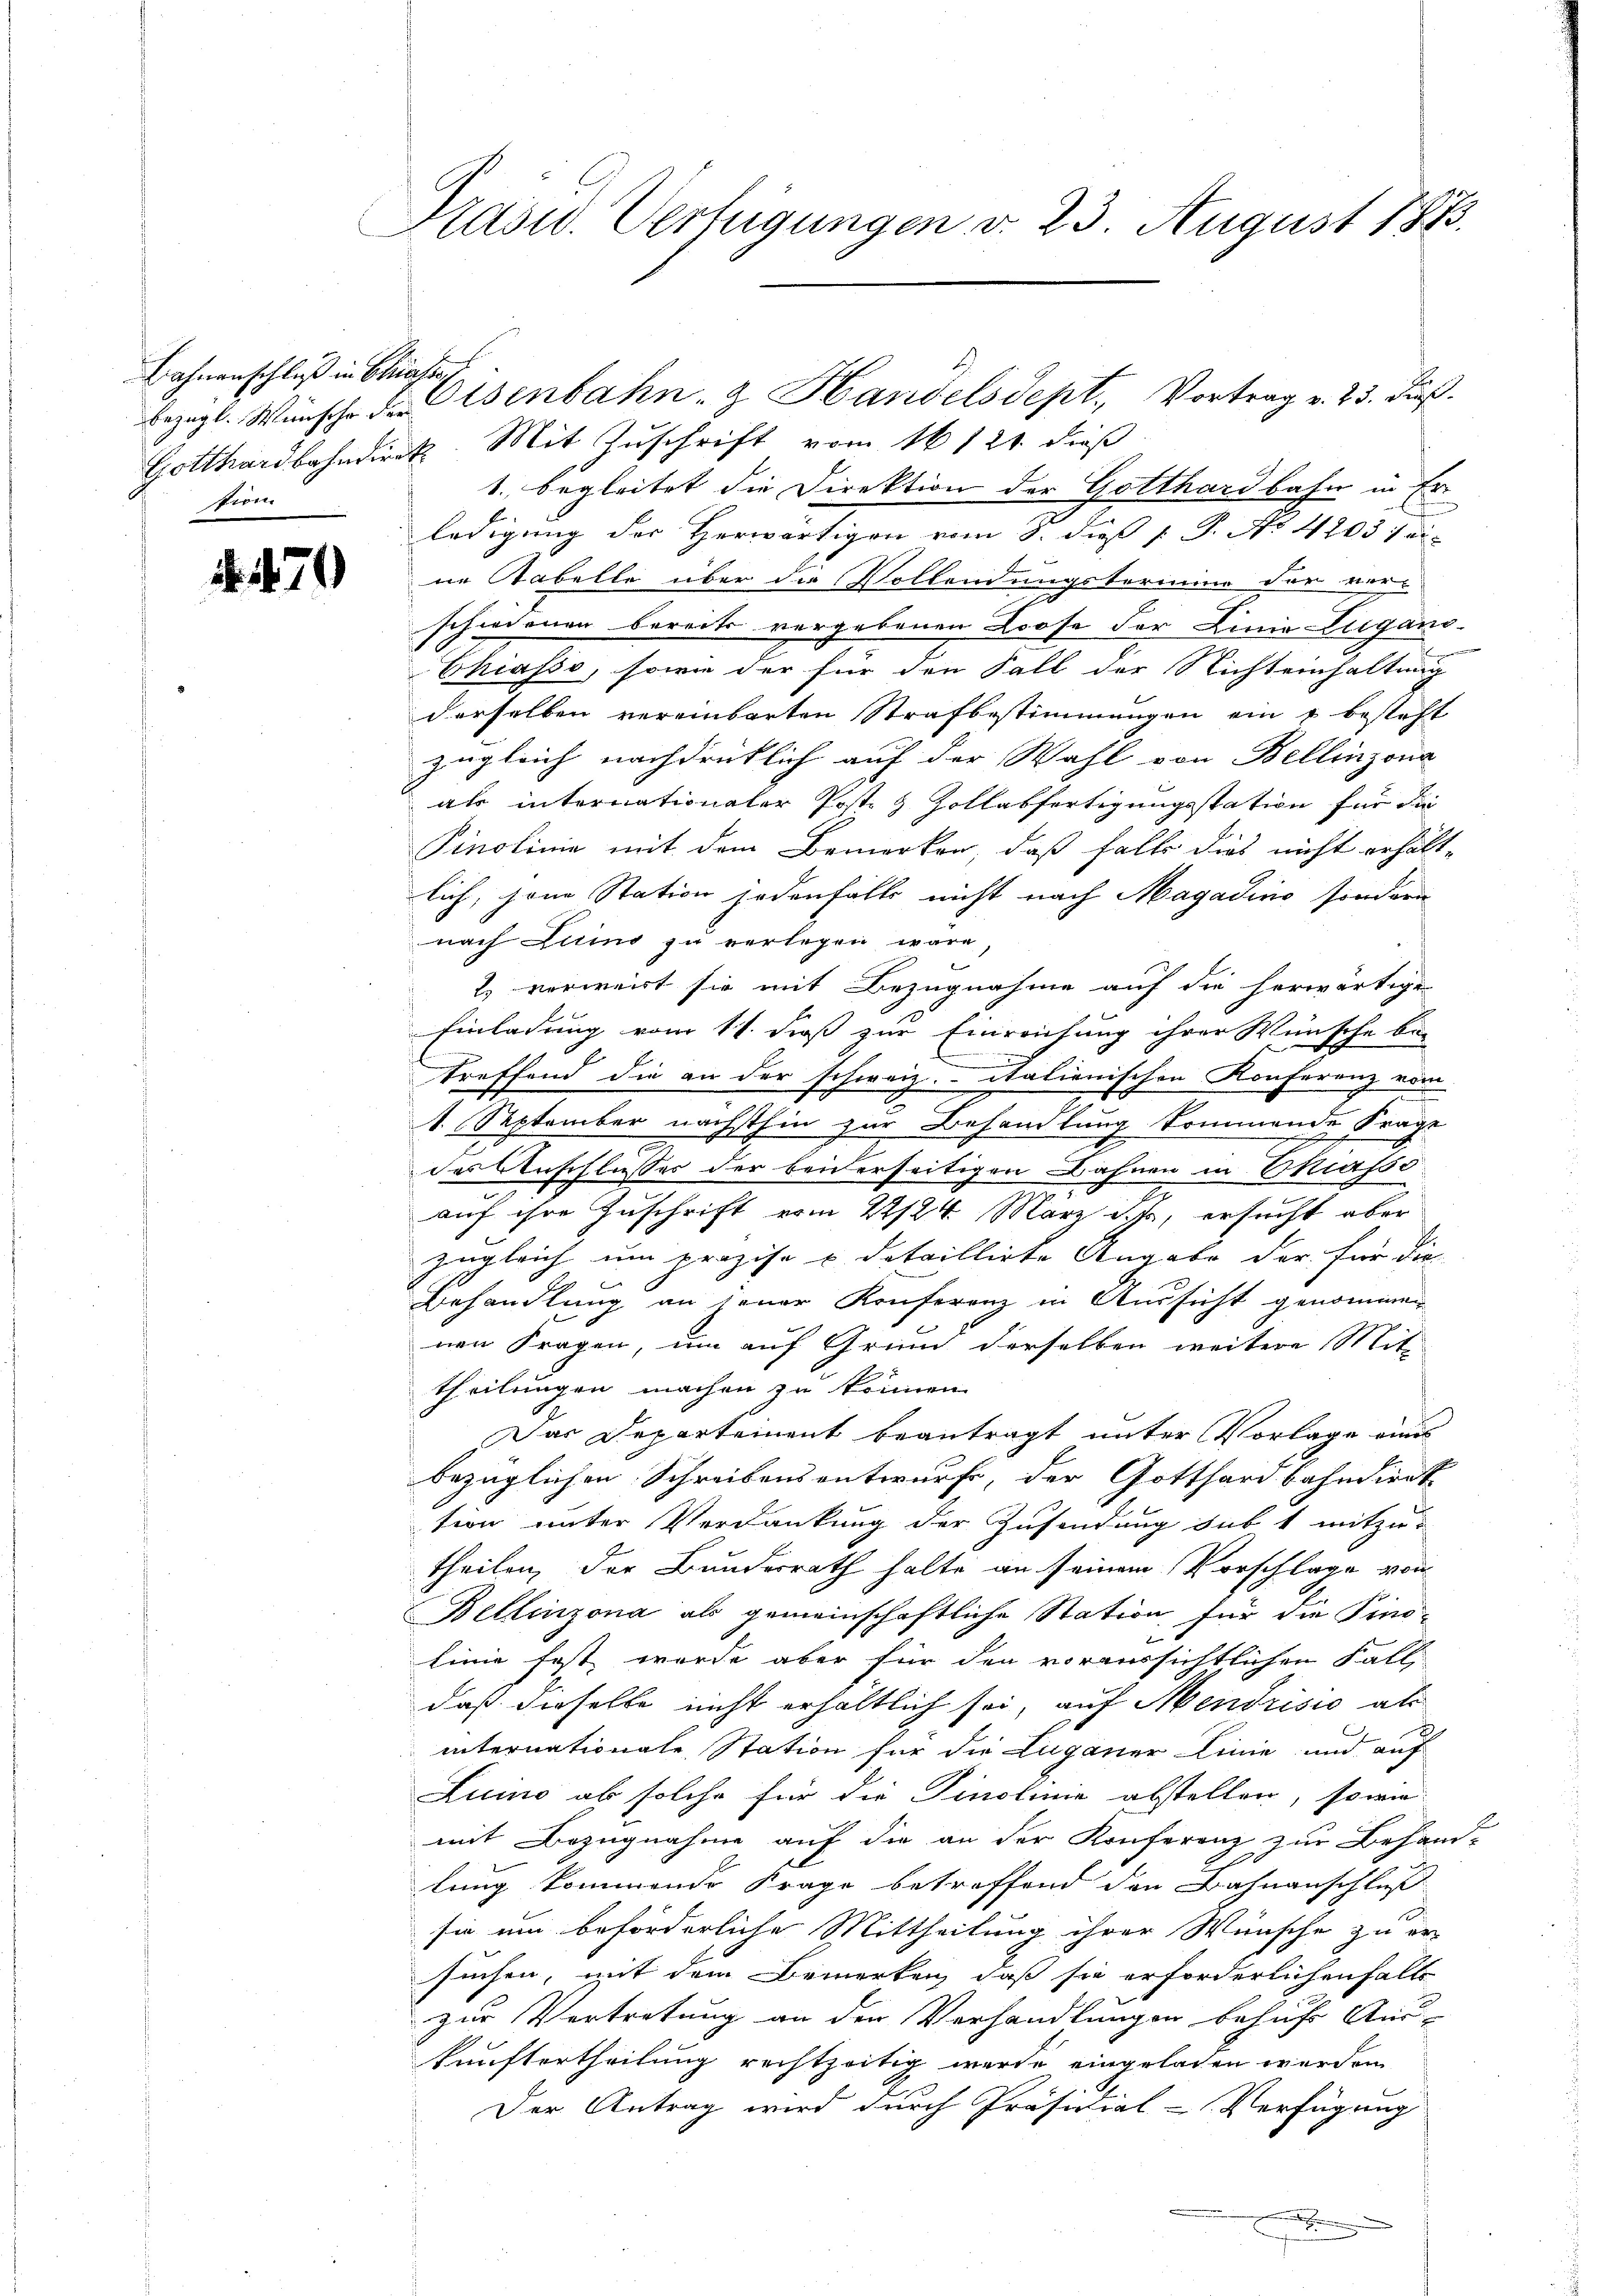
Bahnenschluß in Chasse
tiren

. 471)

Präsid. Verfügungen v. 23. August 1883.

Gotthardbahndiret. Mit Zuschrift vom 16 121. dieß
1., begleitet die Direktion der Gotthardbahn in Er¬
und
ledigung der Herwärtigen vom 8. dieß ( P. No 42031 ei
ne Tabelle über die Vollendungstermin der ver-
i
schiedenen bereits vergebenen Loose der Linie Lugano-
Chiasso, sowie der für den Fall der Nichteinhaltung
derselben vereinbarten Strafbestimmungen ein u besteht
zugleich nachdrüklich auf der Wahl von Bellinzona
als internationaler Post & Zollabfertigungsstation für die
Pinolinie mit dem Bemerken, daß falls dies nicht erhält-
lich, jene Station jedenfalls nicht nach Magadino sondern
nach Luino zu verlegen wäre,
2) vorweist sie mit Bezugnahme auf die herwärtige
Einladung vom 11. dieß zur Einreichung ihrer Wünsche be-
ttreffend die an der schweiz. Italienischen Konferenz vom
1. September nächsthin zur Behandlung kommende Frage
das Anschlusses der beiderseitigen Bahnen in Skiasso
2
auf ihre Zuschrift vom 22/24. März ist, ersucht aber
zugleich um präzise u detaillirte Angabe der für die
Behandlung an jener Konferenz in Aussicht genommen
nen Fragen, um auf Grund derselben weitere Mitt
theilungen machen zu können.
Das Departement beantragt unter Vorlage eines
bezüglichen Schreibensentwurf, der Gotthardbahndiert
tion unter Verdankung der Zusendung sub 1 mitzutheilen, der Bundesrath halte an seinem Vorschlage von
Bellinzona als gemeinschaftliche Station für die Pino-
Linie fest wurde aber für den voraussichtlichen Fall
daß dieselbe nicht erhältlich sei, auf Mendrisis als
internationale Station für die Luganer Linie und auf
Luino ob solche für die Tinolinie abstellen, sowie
mit Bezugnahme auf die an der Konferenz zur Behand-
§ 10
lung kommende Frage betreffend den Bahnanschluß
sie um beförderliche Mittheilung ihrer Wünsche zu er-
suchen, mit dem Bemerken, daß sie erforderlichen Falle
zur Vertretung an der Verhandlungen behufs Aus-
kunftertheilung rechtzeitig wurde eingeladen werden
Der Antrag wird durch Präsidial-Verfügung
.

bezügl. Wünsche der Osenbahn- & Handelsdept, Vortrag v. 23. diβ.